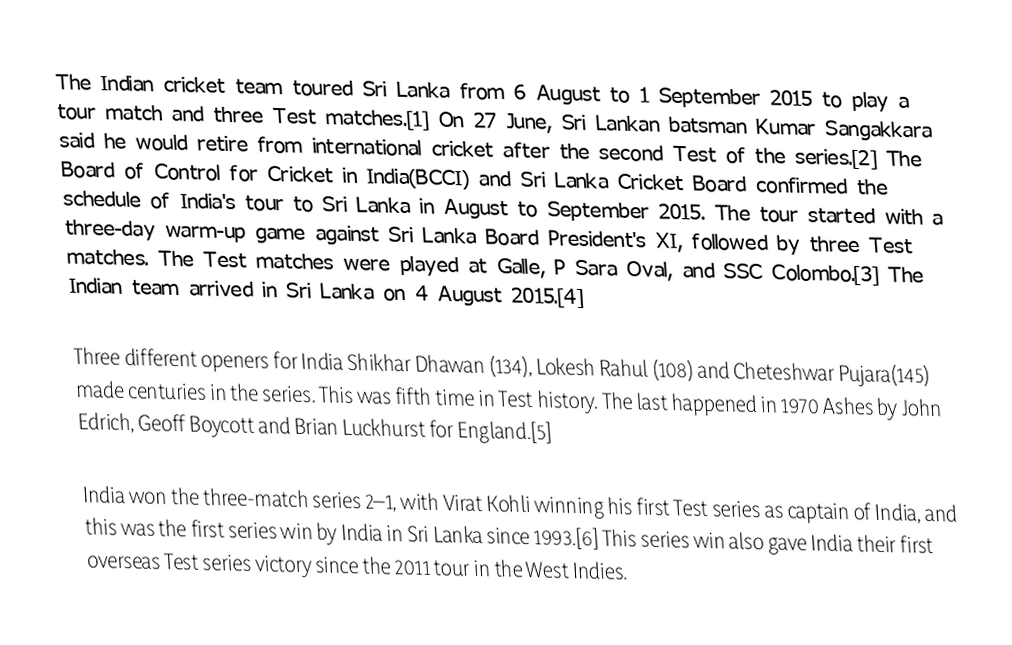
The Indian cricket team toured Sri Lanka from 6 August to 1 September 2015 to play a tour match and three Test matches.[1] On 27 June, Sri Lankan batsman Kumar Sangakkara said he would retire from international cricket after the second Test of the series.[2] The Board of Control for Cricket in India(BCCI) and Sri Lanka Cricket Board confirmed the schedule of India's tour to Sri Lanka in August to September 2015. The tour started with a three-day warm-up game against Sri Lanka Board President's XI, followed by three Test matches. The Test matches were played at Galle, P Sara Oval, and SSC Colombo.[3] The Indian team arrived in Sri Lanka on 4 August 2015.[4]

Three different openers for India Shikhar Dhawan (134), Lokesh Rahul (108) and Cheteshwar Pujara(145) made centuries in the series. This was fifth time in Test history. The last happened in 1970 Ashes by John Edrich, Geoff Boycott and Brian Luckhurst for England.[5]

India won the three-match series 2–1, with Virat Kohli winning his first Test series as captain of India, and this was the first series win by India in Sri Lanka since 1993.[6] This series win also gave India their first overseas Test series victory since the 2011 tour in the West Indies.